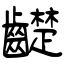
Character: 齼